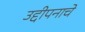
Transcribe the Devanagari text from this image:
उद्दीपनाचे